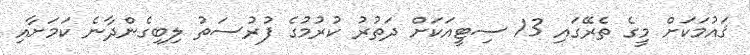
ޤައުމަކަށް މީގެ ތެރޭގައި 13 ސިޓީއަކަށް ދަތުރު ކުރުމުގެ ފުރުސަތު ލިބިގެންދާނެ ކަމަށާއި